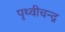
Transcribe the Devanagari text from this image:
पृथ्वीचन्द्र